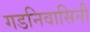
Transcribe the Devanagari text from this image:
गडनिवासिनी